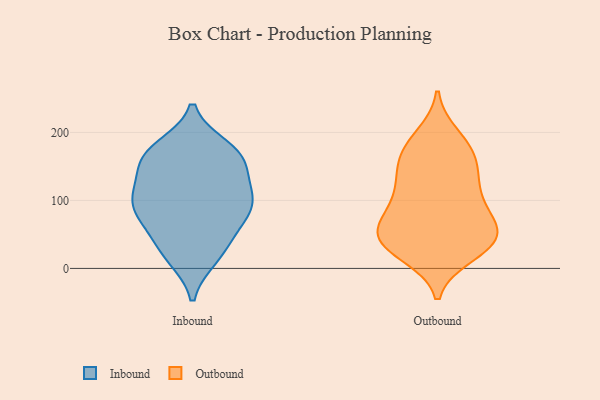
{"axis": {"x": "Waste Production (Tons)", "y": "Value"}, "legend": ["Inbound", "Outbound"], "data": [{"x": "", "y": 143, "type": "Inbound"}, {"x": "", "y": 57, "type": "Inbound"}, {"x": "", "y": 160, "type": "Inbound"}, {"x": "", "y": 112, "type": "Inbound"}, {"x": "", "y": 149, "type": "Inbound"}, {"x": "", "y": 15, "type": "Inbound"}, {"x": "", "y": 121, "type": "Inbound"}, {"x": "", "y": 167, "type": "Inbound"}, {"x": "", "y": 15, "type": "Inbound"}, {"x": "", "y": 79, "type": "Inbound"}, {"x": "", "y": 50, "type": "Inbound"}, {"x": "", "y": 30, "type": "Inbound"}, {"x": "", "y": 92, "type": "Inbound"}, {"x": "", "y": 177, "type": "Inbound"}, {"x": "", "y": 103, "type": "Inbound"}, {"x": "", "y": 103, "type": "Inbound"}, {"x": "", "y": 85, "type": "Inbound"}, {"x": "", "y": 179, "type": "Inbound"}, {"x": "", "y": 169, "type": "Inbound"}, {"x": "", "y": 87, "type": "Inbound"}, {"x": "", "y": 121, "type": "Outbound"}, {"x": "", "y": 97, "type": "Outbound"}, {"x": "", "y": 180, "type": "Outbound"}, {"x": "", "y": 59, "type": "Outbound"}, {"x": "", "y": 42, "type": "Outbound"}, {"x": "", "y": 162, "type": "Outbound"}, {"x": "", "y": 140, "type": "Outbound"}, {"x": "", "y": 71, "type": "Outbound"}, {"x": "", "y": 194, "type": "Outbound"}, {"x": "", "y": 150, "type": "Outbound"}, {"x": "", "y": 91, "type": "Outbound"}, {"x": "", "y": 30, "type": "Outbound"}, {"x": "", "y": 43, "type": "Outbound"}, {"x": "", "y": 119, "type": "Outbound"}, {"x": "", "y": 48, "type": "Outbound"}, {"x": "", "y": 34, "type": "Outbound"}, {"x": "", "y": 177, "type": "Outbound"}, {"x": "", "y": 39, "type": "Outbound"}, {"x": "", "y": 21, "type": "Outbound"}, {"x": "", "y": 71, "type": "Outbound"}]}